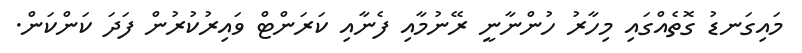
މައިގަނޑު ގޮތެއްގައި މިހާރު ހުންނާނީ ރޭނުމާއި ފެނާއި ކަރަންޓް ވައިރުކުރުން ފަދަ ކަންކަން.